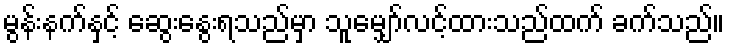
မွန်းနက်နှင့် ဆွေးနွေးရသည်မှာ သူမျှော်လင့်ထားသည်ထက် ခက်သည်။